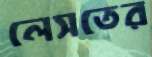
লেসতের